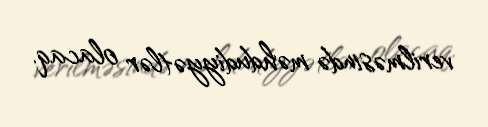
verilməsində məhdudiyyətlər olacaq.